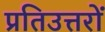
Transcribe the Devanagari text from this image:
प्रतिउत्तरों